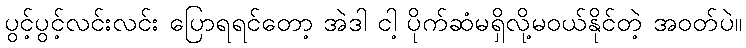
ပွင့်ပွင့်လင်းလင်း ပြောရရင်တော့ အဲဒါ ငါ့ ပိုက်ဆံမရှိလို့မဝယ်နိုင်တဲ့ အဝတ်ပဲ။